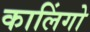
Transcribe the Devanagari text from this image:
कालिंगो